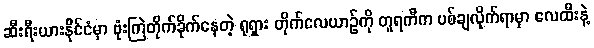
ဆီးရီးယားနိုင်ငံမှာ ဗုံးကြဲတိုက်ခိုက်နေတဲ့ ရုရှား တိုက်လေယာဉ်ကို တူရကီက ပစ်ချလိုက်ရာမှာ လေထီးနဲ့